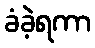
ခံခဲ့ရကာ